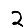
Digit: 2